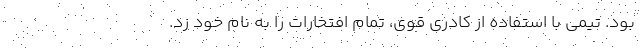
بود. تیمی با استفاده از کادری قوی، تمام افتخارات را به نام خود زد.